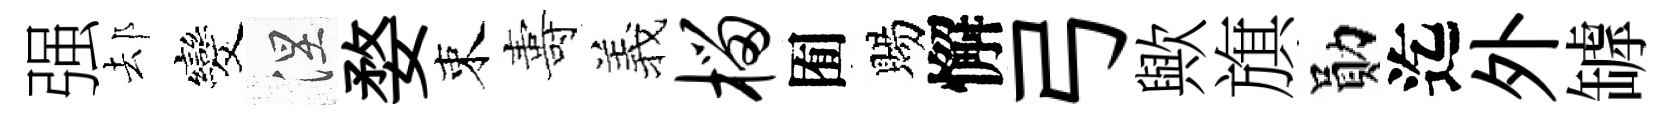
强𨚫发涅婺束夀羲榴囿賜懈弓歟旗勛迄外罅